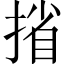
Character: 㨘